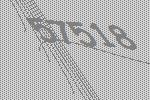
57518